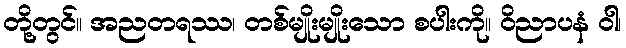
တို့တွင်။ အညတရဿ၊ တစ်မျိုးမျိုးသော စပါးကို။ ဝိညာပနံ ဝါ၊